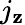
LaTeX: j_{\mathbf{z}}